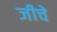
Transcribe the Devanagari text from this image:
जीचे